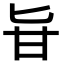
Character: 𠤔